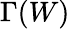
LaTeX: \Gamma(W)